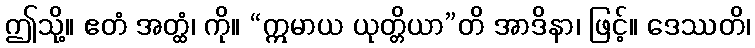
ဤသို့။ ဧတံ အတ္ထံ၊ ကို။ “ဣမာယ ယုတ္တိယာ”တိ အာဒိနာ၊ ဖြင့်။ ဒေဿတိ၊